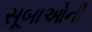
સૂબાઓની